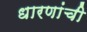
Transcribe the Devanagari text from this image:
धारणांची